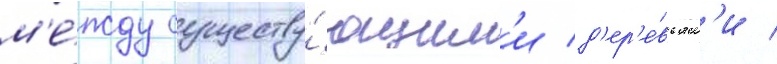
м'е́жду существу́ющим'и д'ер'е́вьям'и /